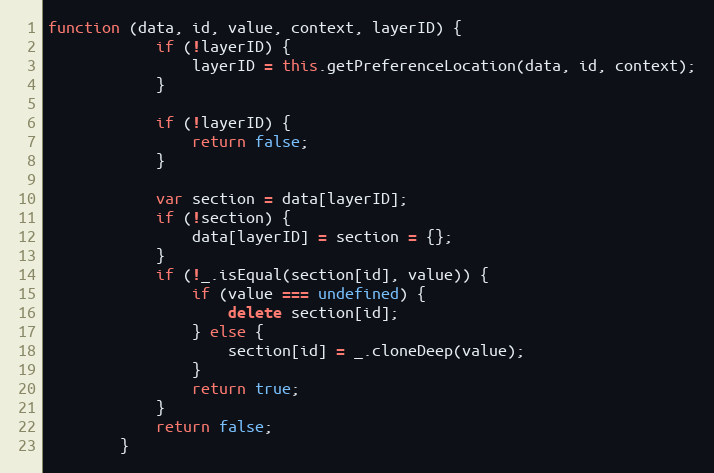
Language: JavaScript
function (data, id, value, context, layerID) {
            if (!layerID) {
                layerID = this.getPreferenceLocation(data, id, context);
            }

            if (!layerID) {
                return false;
            }

            var section = data[layerID];
            if (!section) {
                data[layerID] = section = {};
            }
            if (!_.isEqual(section[id], value)) {
                if (value === undefined) {
                    delete section[id];
                } else {
                    section[id] = _.cloneDeep(value);
                }
                return true;
            }
            return false;
        }